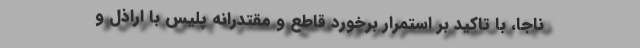
ناجا، با تاکید بر استمرار برخورد قاطع و مقتدرانه پلیس با اراذل و